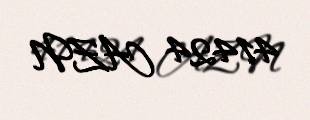
41424 AZN